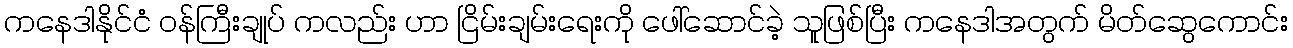
ကနေဒါနိုင်ငံ ဝန်ကြီးချုပ် ကလည်း ဟာ ငြိမ်းချမ်းရေးကို ဖေါ်ဆောင်ခဲ့ သူဖြစ်ပြီး ကနေဒါအတွက် မိတ်ဆွေကောင်း